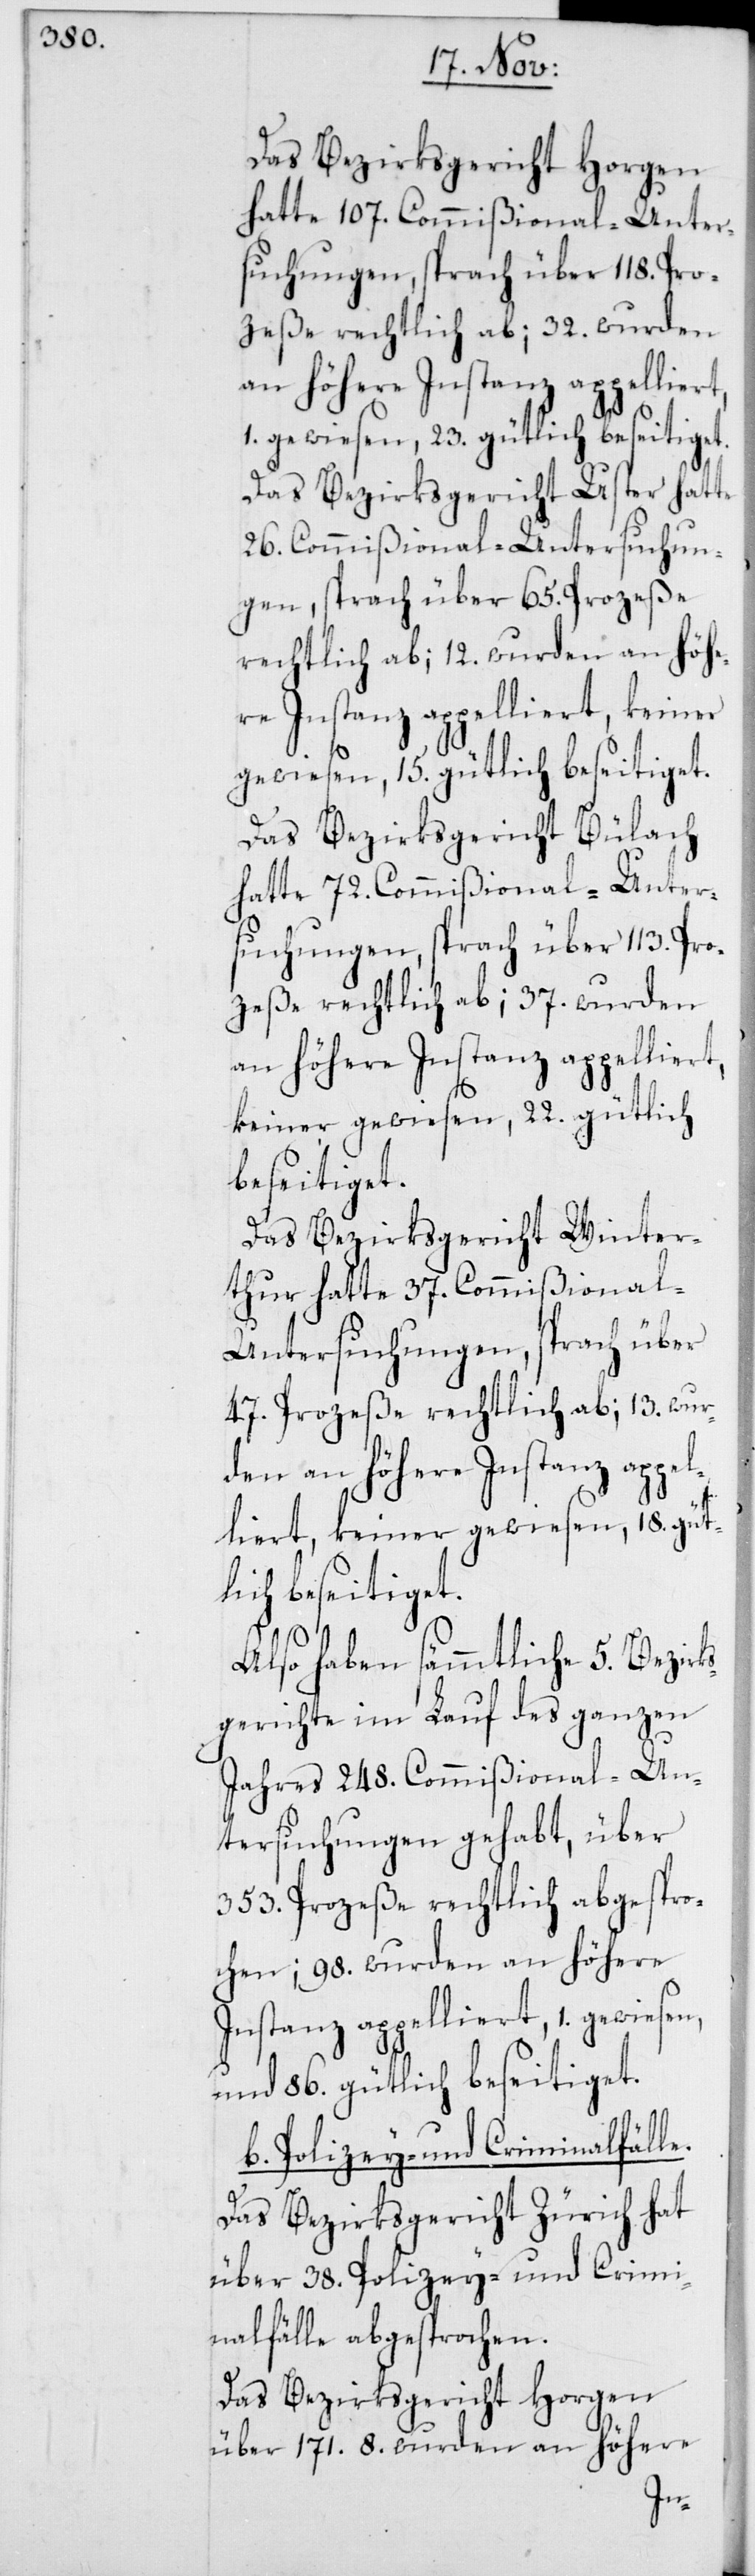
Das Bezirksgericht Horgen
hatte 107. Commißional-Unter¬
suchungen, sprach über 118. Pro¬
zeße rechtlich ab; 32. wurden
an höhere Instanz appellier¬
1. gewiesen, 23. gütlich beseitiget.
Das Bezirksgericht Uster hatte
26. Commißional-Untersuchun¬
gen, sprach über 65. Prozeße
rechtlich ab; 12. wurden an höhe¬
re Instanz appelliert, keiner
gewiesen, 15. gütlich beseitiget.
Das Bezirksgericht Bülach
hatte 72. Commißional-Unter¬
suchungen, sprach über 113. Pro¬
zeße rechtlich ab; 37. wurden
keiner gewiesen, 22. gütlich
beseitiget.
Das Bezirksgericht Winter¬
thur hatte 37. Commißional-U¬
ntersuchungen, sprach über
47. Prozeße rechtlich ab; 13. wur¬
den an höhere Instanz appel¬
liert, keiner gewiesen, 18. güt¬
lich beseitiget.
Also haben sämmtliche 5. Bezirk¬
sgerichte im Lauf des ganzen
Jahres 248. Commißional-Un¬
tersuchungen gehabt, über
353. Prozeße rechtlich abgespro¬
chen; 98. wurden an höhere
Instanz appelliert, 1. gewiesen,
und 86. gütlich beseitiget.
b) Polizey- und Criminalfälle.
Das Bezirksgericht Zürich hat
über 38. Polizey-und Crmi¬
nalfälle abgesprochen.
Das Bezirksgericht Horgen
über 171. 8. wurden an höhere
t,